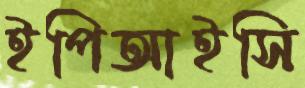
ইপিআইসি